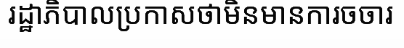
រដ្ឋាភិបាលប្រកាសថាមិនមានការចចារ